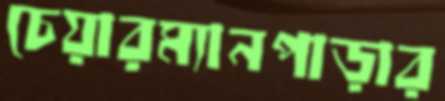
চেয়ারম্যানপাড়ার